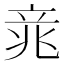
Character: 𱷥